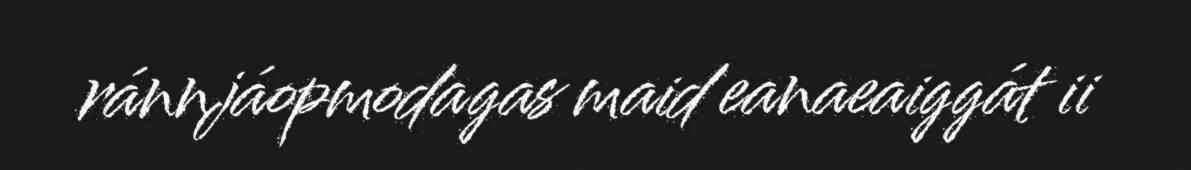
ránnjáopmodagas maid eanaeaiggát ii